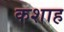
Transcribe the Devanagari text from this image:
कशाह